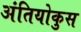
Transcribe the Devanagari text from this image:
अंतियोकुस